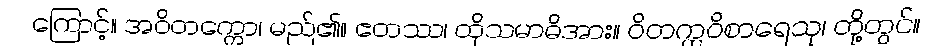
ကြောင့်။ အဝိတက္ကော၊ မည်၏။ ဧတဿ၊ ထိုသမာဓိအား။ ဝိတက္ကဝိစာရေသု၊ တို့တွင်။